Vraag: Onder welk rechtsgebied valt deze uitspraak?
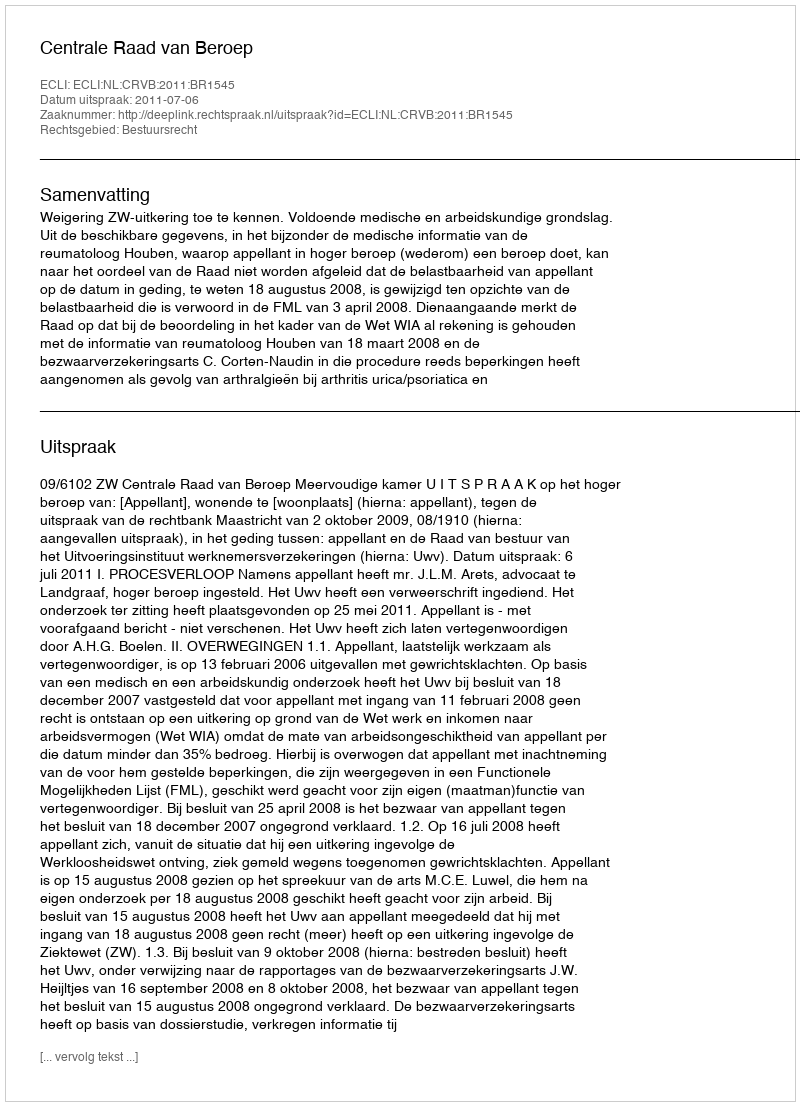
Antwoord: Bestuursrecht